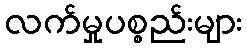
လက်မှုပစ္စည်းများ